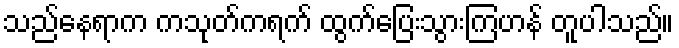
သည်နေရာက ကသုတ်ကရက် ထွက်ပြေးသွားကြဟန် တူပါသည်။